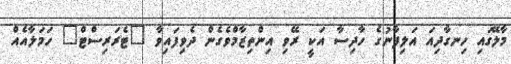
މާލޭގައި ހިނގާދިއަ އަލިފާނުގެ ހާދިސާ އަކީ ރޭވި އިންތިޒާމްވެގެން ދެވިފައިވާ "ޓެރަރިސްޓް" ހަމަލާއެއް